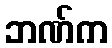
ဘဏ်က